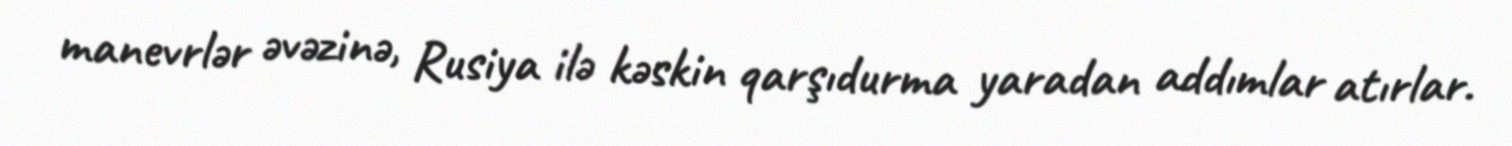
manevrlər əvəzinə, Rusiya ilə kəskin qarşıdurma yaradan addımlar atırlar.